Sanitation, dispensaries and jails vaccination Rajputana 1922-1927 - 1922-1927
Year: 1922
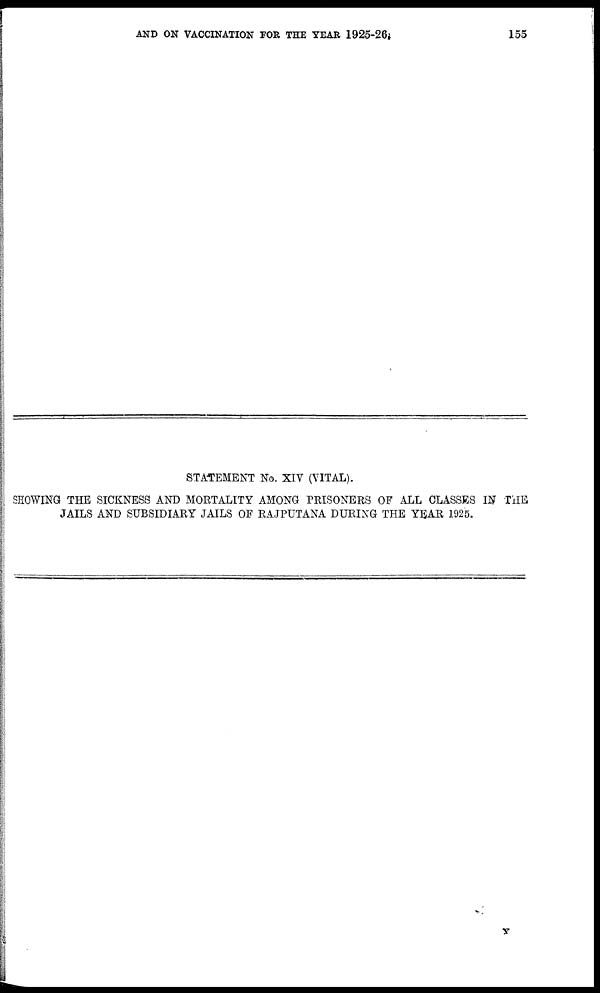
AND ON VACCINATION FOR THE YEAR
1925-26.
155
STATEMENT No. XIV (VITAL).
SHOWING THE SICKNESS AND MORTALITY AMONG PRISONERS OF ALL CLASSES IN THE
JAILS AND SUBSIDIARY JAILS OF RAJPUTANA DURING THE YEAR 1925.
Y